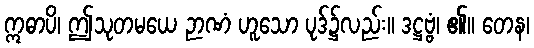
ဣဓာပိ၊ ဤသုတမယေ ဉာဏံ ဟူသော ပုဒ်၌လည်း။ ဒဋ္ဌဗ္ဗံ၊ ၏။ တေန၊